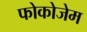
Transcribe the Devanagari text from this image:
फोकोजेम